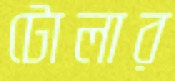
টোলার